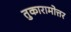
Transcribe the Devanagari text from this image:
तुकारामोत्तर